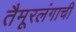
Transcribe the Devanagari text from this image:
तैमूरलंगाची